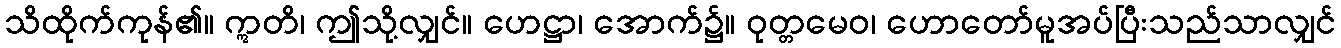
သိထိုက်ကုန်၏။ ဣတိ၊ ဤသို့လျှင်။ ဟေဋ္ဌာ၊ အောက်၌။ ဝုတ္တမေဝ၊ ဟောတော်မူအပ်ပြီးသည်သာလျှင်